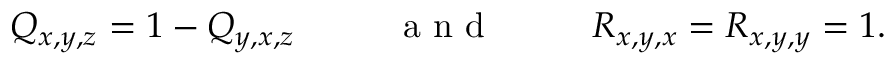
Q _ { x , y , z } = 1 - Q _ { y , x , z } \mathrm { ~ ~ ~ ~ ~ ~ ~ ~ ~ a ~ n ~ d ~ ~ ~ ~ ~ ~ ~ ~ ~ } R _ { x , y , x } = R _ { x , y , y } = 1 .